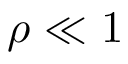
\rho \ll 1